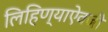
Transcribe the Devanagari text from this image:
लिहिण्याऐवजी